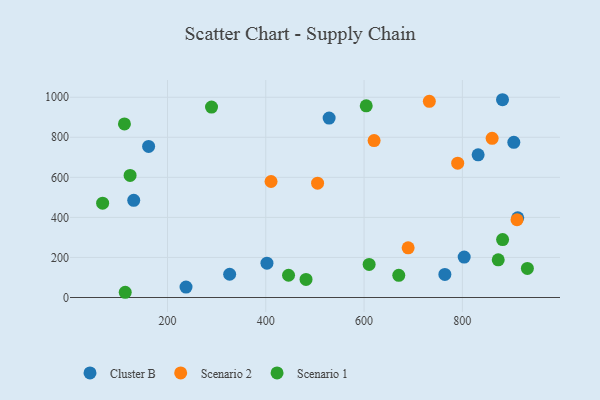
{"axis": {"x": "Ad Spend", "y": "Salary"}, "legend": ["Cluster B", "Scenario 1", "Scenario 2"], "data": [{"x": "904.7", "y": 774.8, "type": "Cluster B"}, {"x": "912.7", "y": 398.2, "type": "Cluster B"}, {"x": "131.3", "y": 485.5, "type": "Cluster B"}, {"x": "881.7", "y": 987.6, "type": "Cluster B"}, {"x": "764.4", "y": 115.1, "type": "Cluster B"}, {"x": "803.7", "y": 201.8, "type": "Cluster B"}, {"x": "402.4", "y": 171.2, "type": "Cluster B"}, {"x": "237.7", "y": 52.3, "type": "Cluster B"}, {"x": "528.9", "y": 895.8, "type": "Cluster B"}, {"x": "832.1", "y": 712.5, "type": "Cluster B"}, {"x": "161.6", "y": 754.2, "type": "Cluster B"}, {"x": "326.5", "y": 116.0, "type": "Cluster B"}, {"x": "911.2", "y": 388.3, "type": "Scenario 2"}, {"x": "732.8", "y": 979.8, "type": "Scenario 2"}, {"x": "790.5", "y": 671.0, "type": "Scenario 2"}, {"x": "689.7", "y": 247.9, "type": "Scenario 2"}, {"x": "505.4", "y": 570.7, "type": "Scenario 2"}, {"x": "620.4", "y": 783.7, "type": "Scenario 2"}, {"x": "860.6", "y": 795.0, "type": "Scenario 2"}, {"x": "410.7", "y": 579.2, "type": "Scenario 2"}, {"x": "481.9", "y": 90.2, "type": "Scenario 1"}, {"x": "604.4", "y": 957.0, "type": "Scenario 1"}, {"x": "123.9", "y": 609.5, "type": "Scenario 1"}, {"x": "112.4", "y": 866.6, "type": "Scenario 1"}, {"x": "881.9", "y": 289.2, "type": "Scenario 1"}, {"x": "446.3", "y": 111.1, "type": "Scenario 1"}, {"x": "610.3", "y": 165.2, "type": "Scenario 1"}, {"x": "932.3", "y": 145.0, "type": "Scenario 1"}, {"x": "873.0", "y": 187.9, "type": "Scenario 1"}, {"x": "68.0", "y": 471.2, "type": "Scenario 1"}, {"x": "670.6", "y": 110.5, "type": "Scenario 1"}, {"x": "114.0", "y": 26.1, "type": "Scenario 1"}, {"x": "289.6", "y": 950.7, "type": "Scenario 1"}]}